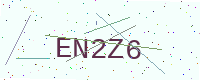
Text: EN2Z6